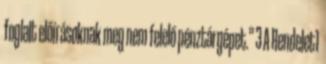
foglalt előírásoknak meg nem felelő pénztárgépet.” 3 A Rendelet1